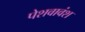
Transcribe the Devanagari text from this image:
पेशवावंश